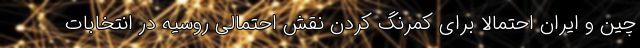
چین و ایران احتمالاً برای کمرنگ کردن نقش احتمالی روسیه در انتخابات